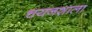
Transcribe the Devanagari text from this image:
चयनशाला